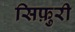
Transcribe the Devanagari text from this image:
सिफ़ुरी